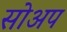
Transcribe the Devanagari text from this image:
सोअप